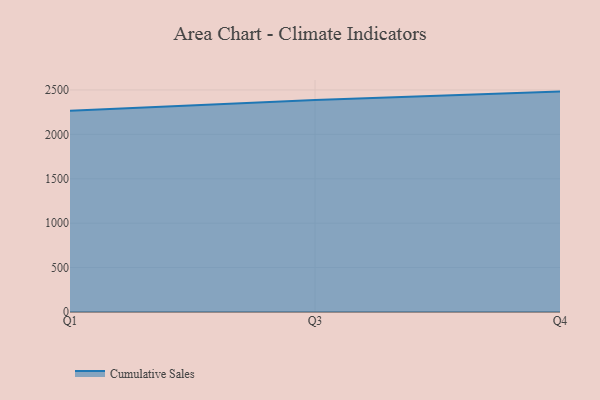
{"axis": {"x": "Quarter", "y": "Churn Rate (%)"}, "legend": ["Cumulative Sales"], "data": [{"x": "Q1", "y": 2264.4, "type": "Cumulative Sales"}, {"x": "Q3", "y": 2387.5, "type": "Cumulative Sales"}, {"x": "Q4", "y": 2481.3, "type": "Cumulative Sales"}]}